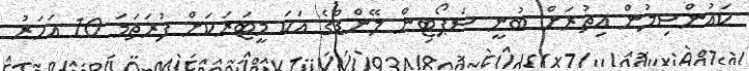
ކައުންސިލުން އިތުރަށް ބުނީ ސަޕޯޓިން ލޭންޑްގެ އަކަ މީޓަރަކަށް ފުރަތަމަ 10 އަހަރު